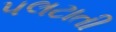
પલટાતી